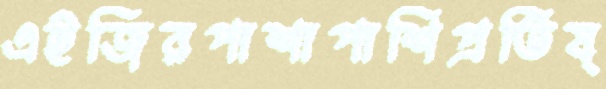
এইজিরপাশাপাশিপ্রতিষ্